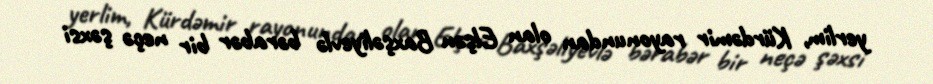
yerlim, Kürdəmir rayonundan olan Elşən Baxşəliyevlə bərabər bir neçə şəxsi